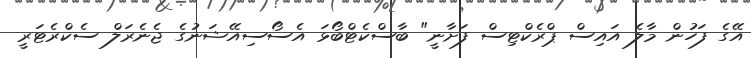
އޭގެ ފަހުން މާލެ އައިސް ޕްރެކްޓިސް ފަށާނީ" ބާސްކެޓްބޯޅަ އެސޯސިއޭޝަނުގެ ޖެނެރަލް ސެކްރެޓަރީ